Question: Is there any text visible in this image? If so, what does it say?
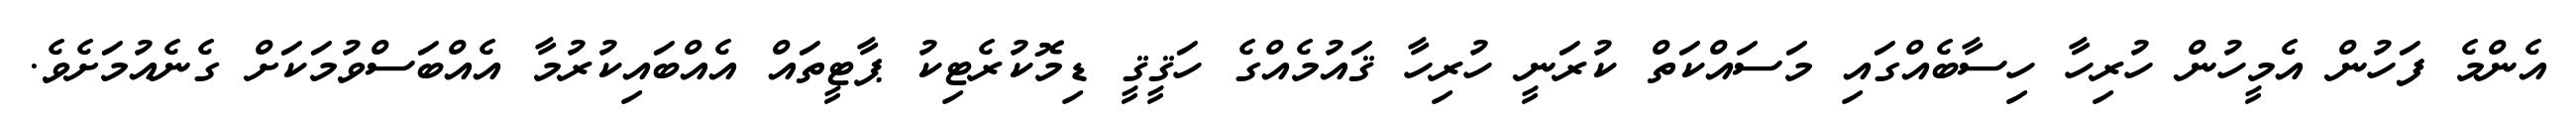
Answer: އެންމެ ފަހުން އެމީހުން ހުރިހާ ހިސާބެއްގައި މަސައްކަތް ކުރަނީ ހުރިހާ ޤައުމެއްގެ ހަޤީޤީ ޑިމޮކުރެޓިކު ޕާޓީތައް އެއްބައިކުރުމާ އެއްބަސްވުމަކަށް ގެނެއުމަށެވެ.